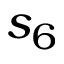
s _ { 6 }